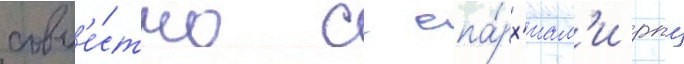
совм'е́стно с епа́рх'иам'и рпц